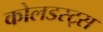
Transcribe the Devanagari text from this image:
कोलडस्ट्स